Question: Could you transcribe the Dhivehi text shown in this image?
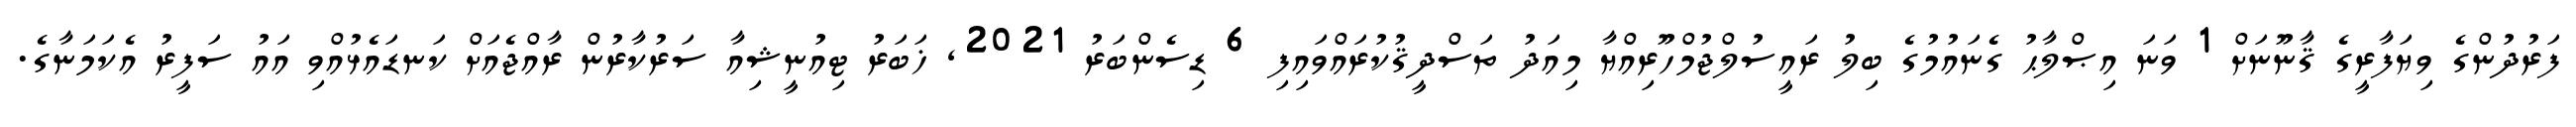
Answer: ފަރުދުންގެ ވިޔަފާރީގެ ޤާނޫނަށް 1 ވަނަ އިޞްލާޙު ގެނައުމުގެ ބިލު ރައީސުލްޖުމްހޫރިއްޔާ މިއަދު ތަސްދީޤުކުރައްވައިފި 6 ޑިސެންބަރު 2021, ޚަބަރު ޓިއުނީޝިއާ ސަރުކާރުން ރާއްޖެއަށް ކަނޑައެޅުއްވި އައު ސަފީރު އެކަމަނާގެ.